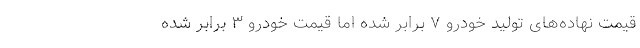
قیمت نهاده‌های تولید خودرو ۷ برابر شده اما قیمت خودرو ۳ برابر شده